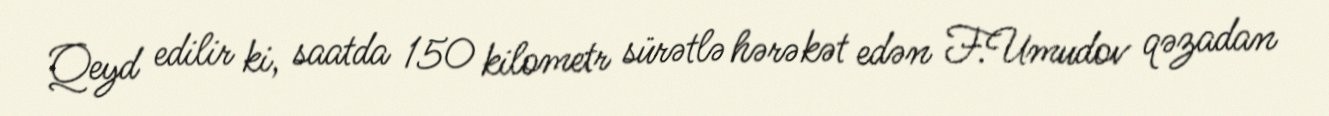
Qeyd edilir ki, saatda 150 kilometr sürətlə hərəkət edən F.Umudov qəzadan